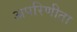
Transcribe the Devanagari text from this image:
अपरिणीता